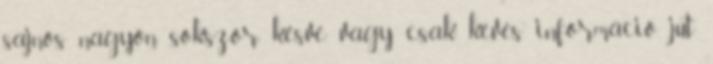
sajnos nagyon sokszor késve, vagy csak kevés információ jut